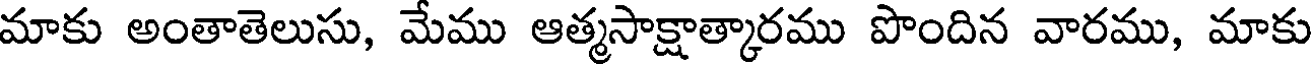
మాకు అంతాతెలుసు, మేము ఆత్మసాక్షాత్కారము పొందిన వారము, మాకు